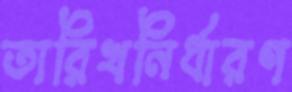
তারিখনির্ধারণ